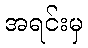
အရင်းမှ